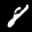
Label: 8